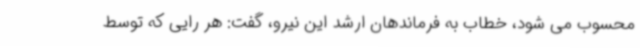
محسوب می شود، خطاب به فرماندهان ارشد این نیرو، گفت: هر رایی که توسط